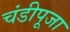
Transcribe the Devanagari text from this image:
चंडीपूजा